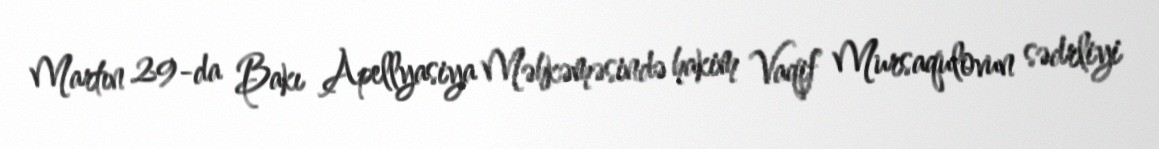
Martın 29-da Bakı Apellyasiya Məhkəməsində hakim Vaqif Mursaqulovun sədrliyi